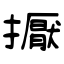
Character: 擫